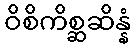
ဝိစိကိစ္ဆဆိန္နံ